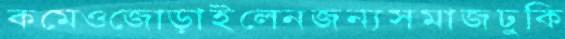
কমেওজোড়াইলেনজন্যসমাজঢুকি